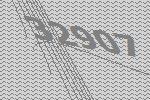
32907